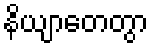
နိယျာတေတွာ